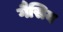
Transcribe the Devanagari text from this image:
गैसिय